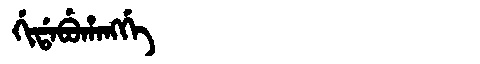
Manchu: ᡤᡳᡩᠠᠪᡠᡥᠠᠩᡤᡝ
Romanization: GIDABUHANGGE